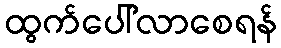
ထွက်ပေါ်လာစေရန်